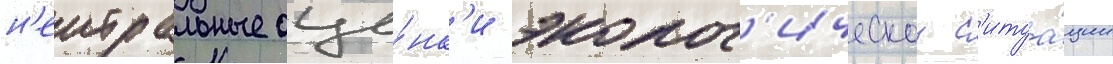
н'еитральные оце́нк'и эколог'ическои с'итуа́ции